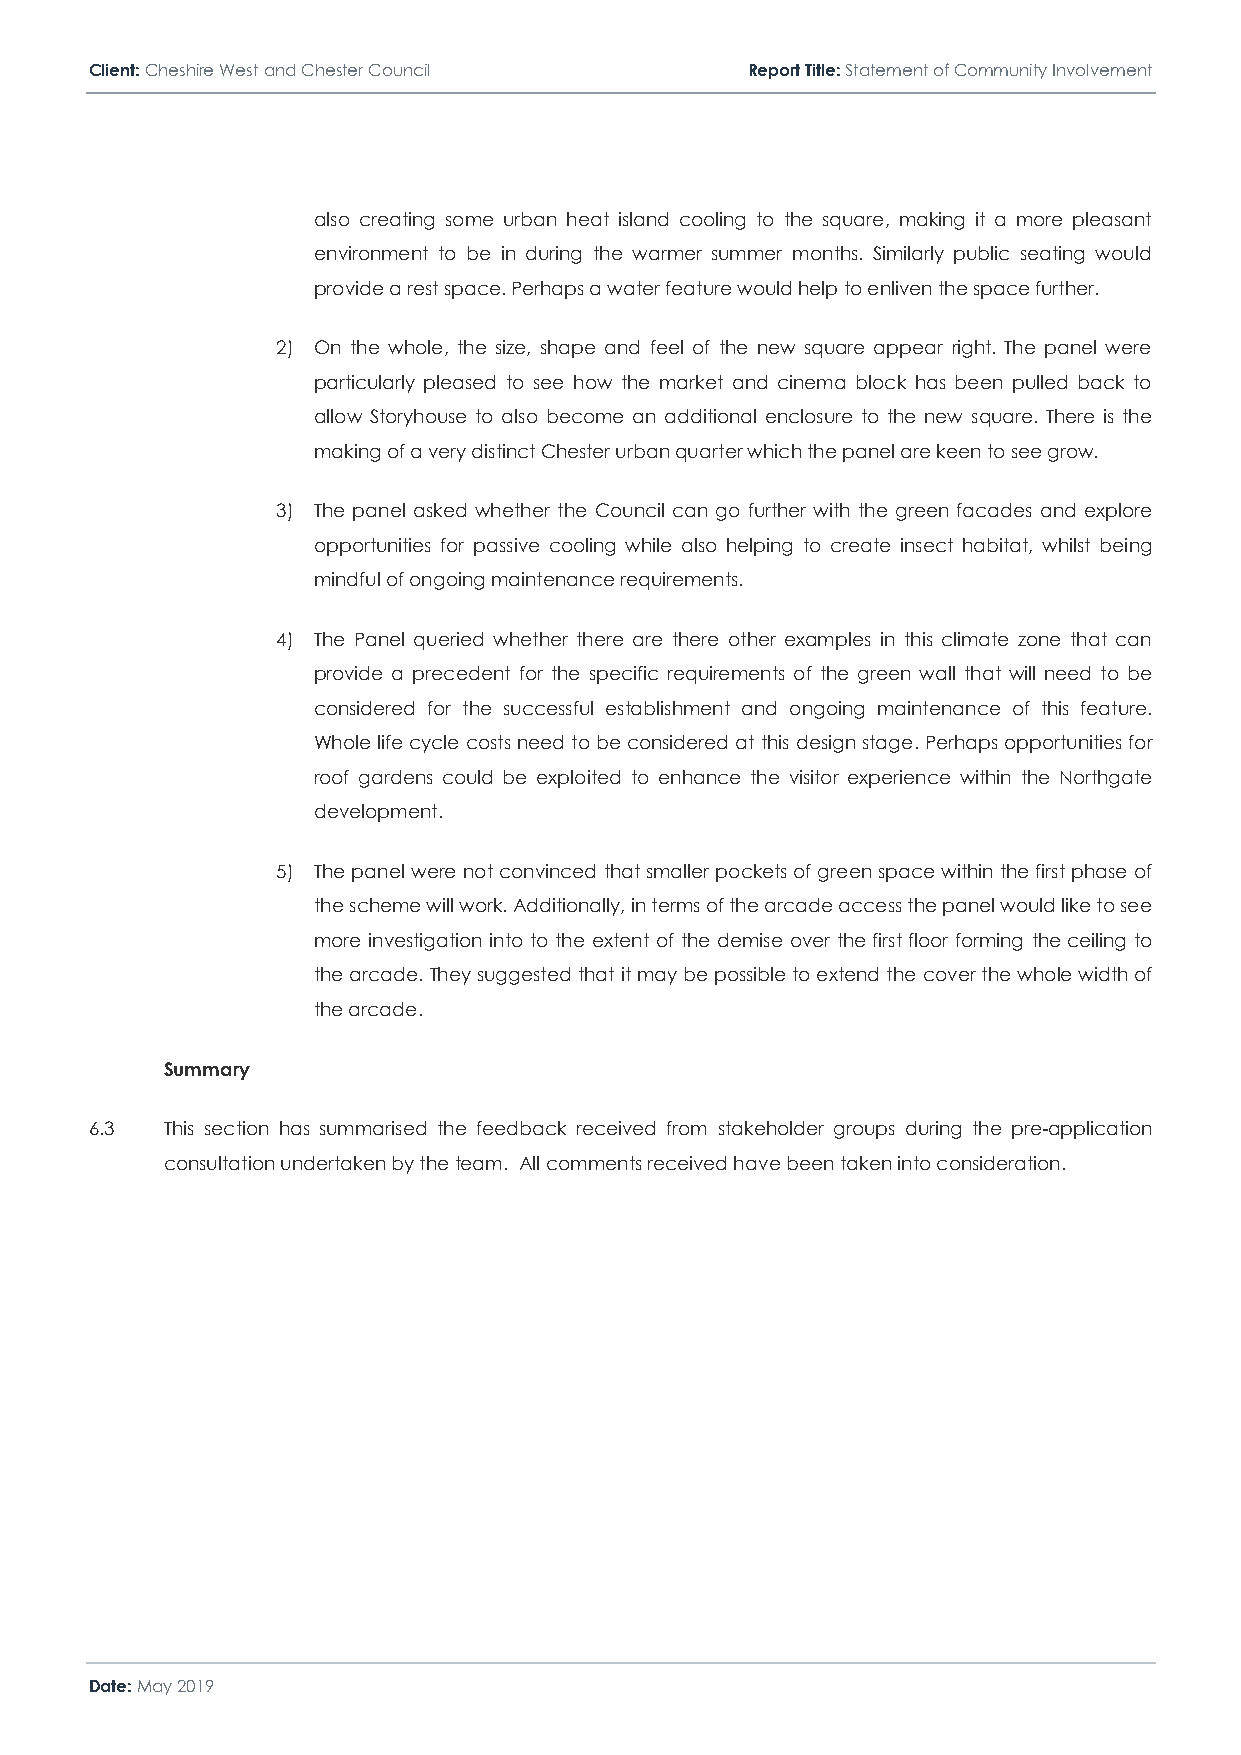
Client: Cheshire West and Chester Council  Report Title: Statement of Community Involvement
 also creating some urban heat island cooling to the square, making it a more pleasant
 environment to be in during the warmer summer months. Similarly public seating would
 provide a rest space. Perhaps a water feature would help to enliven the space further.
 2) On the whole, the size, shape and feel of the new square appear right. The panel were
 particularly pleased to see how the market and cinema block has been pulled back to
 allow Storyhouse to also become an additional enclosure to the new square. There is the
 making of a very distinct Chester urban quarter which the panel are keen to see grow.
 3) The panel asked whether the Council can go further with the green facades and explore
 opportunities for passive cooling while also helping to create insect habitat, whilst being
 mindful of ongoing maintenance requirements.
 4) The Panel queried whether there are there other examples in this climate zone that can
 provide a precedent for the specific requirements of the green wall that will need to be
 considered for the successful establishment and ongoing maintenance of this feature.
 Whole life cycle costs need to be considered at this design stage. Perhaps opportunities for
 roof gardens could be exploited to enhance the visitor experience within the Northgate
 development.
 5) The panel were not convinced that smaller pockets of green space within the first phase of
 the scheme will work. Additionally, in terms of the arcade access the panel would like to see
 more investigation into to the extent of the demise over the first floor forming the ceiling to
 the arcade. They suggested that it may be possible to extend the cover the whole width of
 the arcade.
 Summary
 6.3  This section has summarised the feedback received from stakeholder groups during the pre-application
 consultation undertaken by the team. All comments received have been taken into consideration.
 Date: May 2019